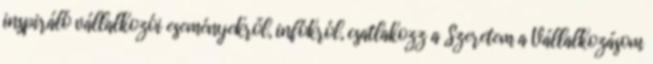
inspiráló vállalkozói eseményekről, infókról, csatlakozz a Szeretem a Vállalkozásom